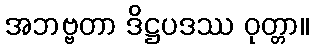
အဘဗ္ဗတာ ဒိဋ္ဌပဒဿ ဝုတ္တာ။